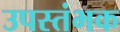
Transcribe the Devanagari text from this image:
उपस्तंभक